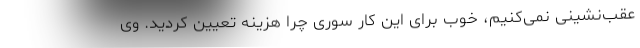
عقب‌نشینی نمی‌کنیم، خوب برای این کار سوری چرا هزینه تعیین کردید. وی